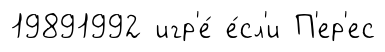
19891992 игр'е́ е́сл'и П'ер'ес